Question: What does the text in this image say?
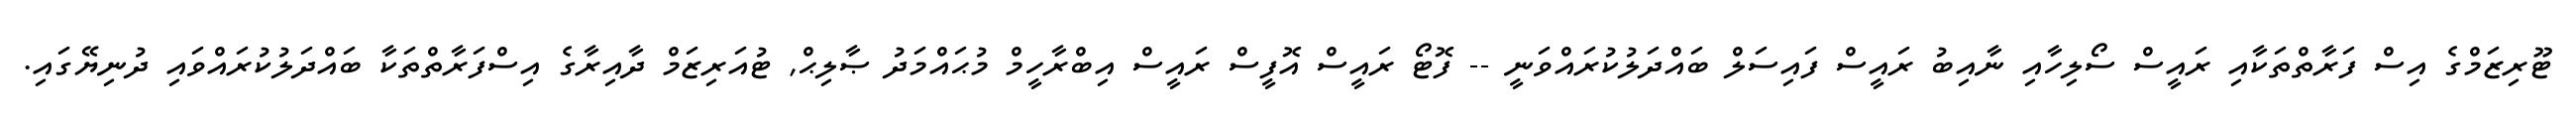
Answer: ޓޫރިޒަމްގެ އިސް ފަރާތްތަކާއި ރައީސް ސޯލިހާއި ނާއިބު ރައީސް ފައިސަލް ބައްދަލުކުރައްވަނީ -- ފޮޓޯ ރައީސް އޮފީސް ރައީސް އިބްރާހީމް މުޙައްމަދު ޞާލިޙް, ޓުއަރިޒަމް ދާއިރާގެ އިސްފަރާތްތަކާ ބައްދަލުކުރައްވައި ދުނިޔޭގައި.